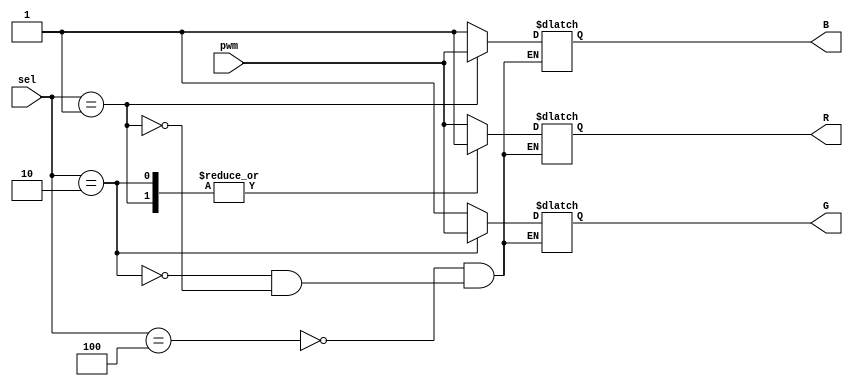
module rgb_dec
(   
    input [2:0] sel,
    input pwm,
    output reg R,
    output reg G,
    output reg B
);
parameter RED = 3'b100;
parameter GREEN = 3'b010;
parameter BLUE = 3'b001;

always@(*)
begin
    case(sel)
        RED: {R, G, B} = {pwm, 2'b11};
        GREEN: {R, G, B} = {1'b1, pwm, 1'b1};
        BLUE: {R, G, B} = {2'b11, pwm};
    endcase
end

endmodule